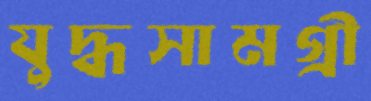
যুদ্ধসামগ্রী